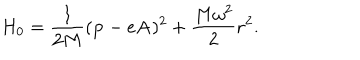
LaTeX: H _ { 0 } = \frac { 1 } { 2 M } ( { \bf p } - e { \bf A } ) ^ { 2 } + \frac { M \omega ^ { 2 } } { 2 } { \bf r } ^ { 2 } .